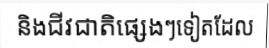
និងជីវជាតិផ្សេងៗទៀតដែល